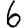
Digit: 6